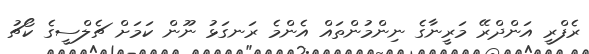
ރެފްރީ އަންދްރޭ މަރީނާގެ ނިންމުންތައް އެންމެ ރަނގަޅު ނޫން ކަމަށް ޗެލްސީގެ ކޯޗު